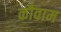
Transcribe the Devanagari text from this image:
कौवाम